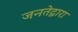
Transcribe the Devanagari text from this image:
जनतेद्वारा